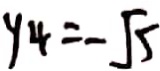
y _ { 4 } = - \sqrt { 5 }